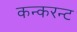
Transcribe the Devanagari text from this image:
कन्करन्ट